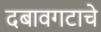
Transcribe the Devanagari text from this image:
दबावगटाचे